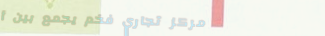
مركز تجاري فخم يجمع بين أ